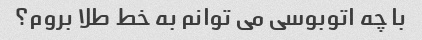
با چه اتوبوسی می توانم به خط طلا بروم؟